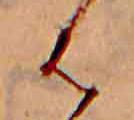
は